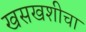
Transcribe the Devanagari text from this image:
खसखशीचा